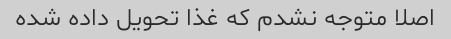
اصلا متوجه نشدم که غذا تحویل داده شده